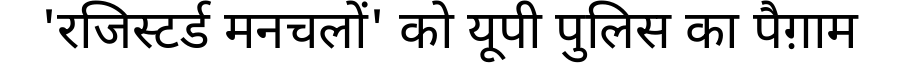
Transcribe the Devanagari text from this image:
'रजिस्टर्ड मनचलों' को यूपी पुलिस का पैग़ाम